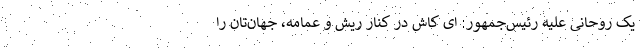
یک روحانی علیه رئیس‌جمهور: ای کاش در کنار ریش و عمامه، جهان‌تان را